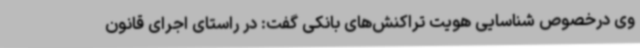
وی درخصوص شناسایی هویت تراکنش‌های بانکی گفت: در راستای اجرای قانون